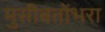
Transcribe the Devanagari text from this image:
मुसीबतोंभरा